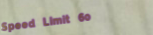
Speed Limit 60